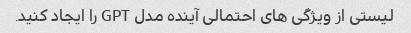
لیستی از ویژگی های احتمالی آینده مدل GPT را ایجاد کنید.